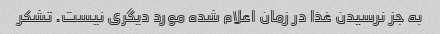
به جز نرسیدن غذا در زمان اعلام شده مورد دیگری نیست. تشکر